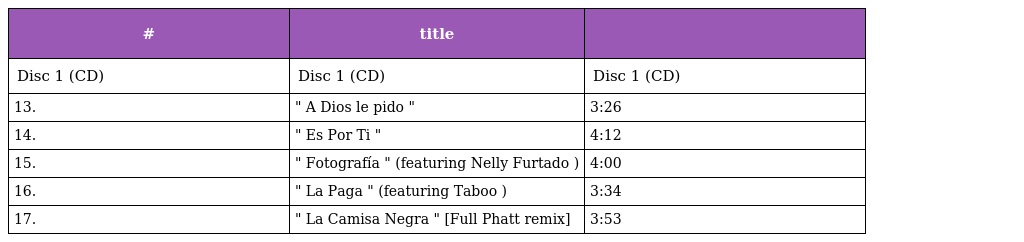
| # | title |  |
 | --- | --- | --- |
 | Disc 1 (CD) | Disc 1 (CD) | Disc 1 (CD) |
 | 13. | " A Dios le pido " | 3:26 |
 | 14. | " Es Por Ti " | 4:12 |
 | 15. | " Fotografía " (featuring Nelly Furtado ) | 4:00 |
 | 16. | " La Paga " (featuring Taboo ) | 3:34 |
 | 17. | " La Camisa Negra " [Full Phatt remix] | 3:53 |